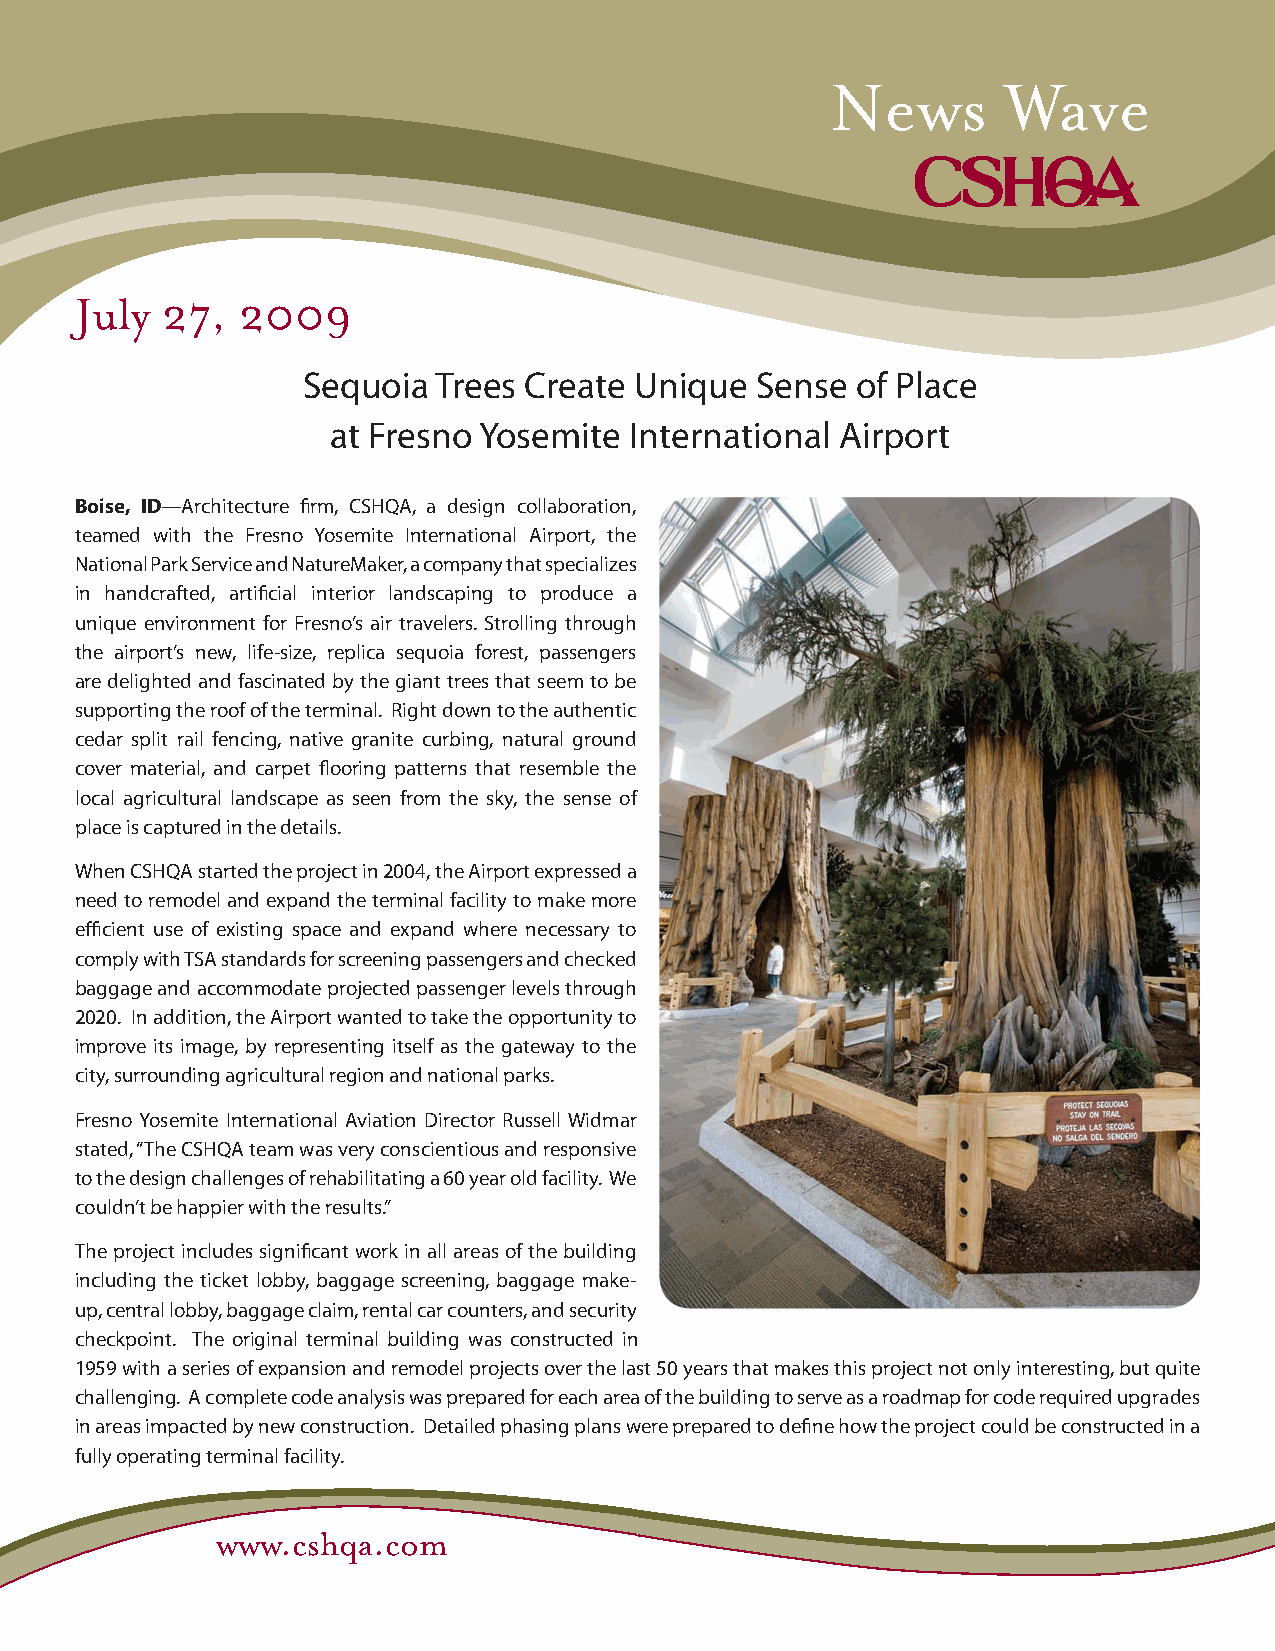
News        Wave
 July  27,  2009
 Sequoia  Trees Create Unique  Sense  of Place
 at Fresno Yosemite  International Airport
 Boise, ID—Architecture fi rm, CSHQA, a design collaboration,
 teamed with the Fresno Yosemite International Airport, the
 National Park Service and NatureMaker, a company that specializes
 in handcrafted, artifi cial interior landscaping to produce a
 unique environment for Fresno’s air travelers. Strolling through
 the airport’s new, life-size, replica sequoia forest, passengers
 are delighted and fascinated by the giant trees that seem to be
 supporting the roof of the terminal. Right down to the authentic
 cedar split rail fencing, native granite curbing, natural ground
 cover material, and carpet fl ooring patterns that resemble the
 local agricultural landscape as seen from the sky, the sense of
 place is captured in the details.
 When CSHQA started the project in 2004, the Airport expressed a
 need to remodel and expand the terminal facility to make more
 effi cient use of existing space and expand where necessary to
 comply with TSA standards for screening passengers and checked
 baggage and accommodate projected passenger levels through
 2020. In addition, the Airport wanted to take the opportunity to
 improve its image, by representing itself as the gateway to the
 city, surrounding agricultural region and national parks.
 Fresno Yosemite International Aviation Director Russell Widmar
 stated, “The CSHQA team was very conscientious and responsive
 to the design challenges of rehabilitating a 60 year old facility. We
 couldn’t be happier with the results.”
 The project includes signifi cant work in all areas of the building
 including the ticket lobby, baggage screening, baggage make-
 up, central lobby, baggage claim, rental car counters, and security
 checkpoint. The original terminal building was constructed in
 1959 with a series of expansion and remodel projects over the last 50 years that makes this project not only interesting, but quite
 challenging. A complete code analysis was prepared for each area of the building to serve as a roadmap for code required upgrades
 in areas impacted by new construction. Detailed phasing plans were prepared to defi ne how the project could be constructed in a
 fully operating terminal facility.
 www.cshqa.com